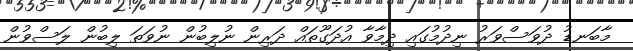
މާބަނޑު ދުވަސްވަރު ނިދުމުގައި ދިމާވާ އުދަގޫތައް ދަރިން ނުލިބުން ނުވަތަ ލިބުން ލަސްވުން